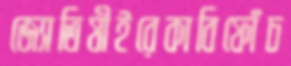
জ্যোতিষীইরেকাবিফোঁচ